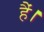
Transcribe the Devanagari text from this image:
हैं।